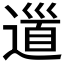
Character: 𨕥